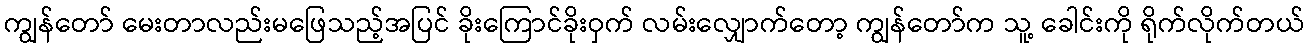
ကျွန်တော် မေးတာလည်းမဖြေသည့်အပြင် ခိုးကြောင်ခိုးဝှက် လမ်းလျှောက်တော့ ကျွန်တော်က သူ့ ခေါင်းကို ရိုက်လိုက်တယ်